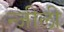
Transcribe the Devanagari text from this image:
न्जीली